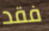
فقد